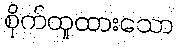
စိုက်ထူထားသော